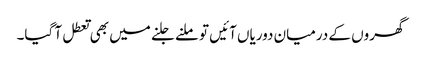
گھروں کے درمیان دوریاں آئیں تو ملنے جلنے میں بھی تعطل آ گیا۔